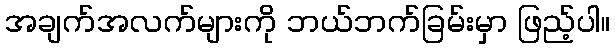
အချက်အလက်များကို ဘယ်ဘက်ခြမ်းမှာ ဖြည့်ပါ။